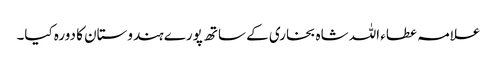
علامہ عطاء اللہ شاہ بخاری کے ساتھ پورے ہندوستان کا دورہ کیا۔